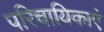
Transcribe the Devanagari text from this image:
परिचायिकाएं